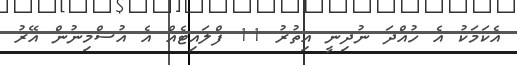
އެކަމަކު އެ ހުއްދަ ނުދިނީ އިތުރު 11 ފްލައިޓެއް އެ އުސްމިނުން އޭރު